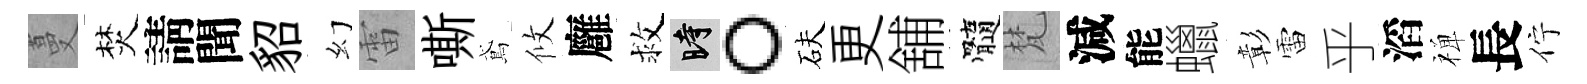
蔓焚請聞貂幻雷嘶鳶攸廱救时。砆更舖髓梵減能蠟彰雷乎滔禅長佇